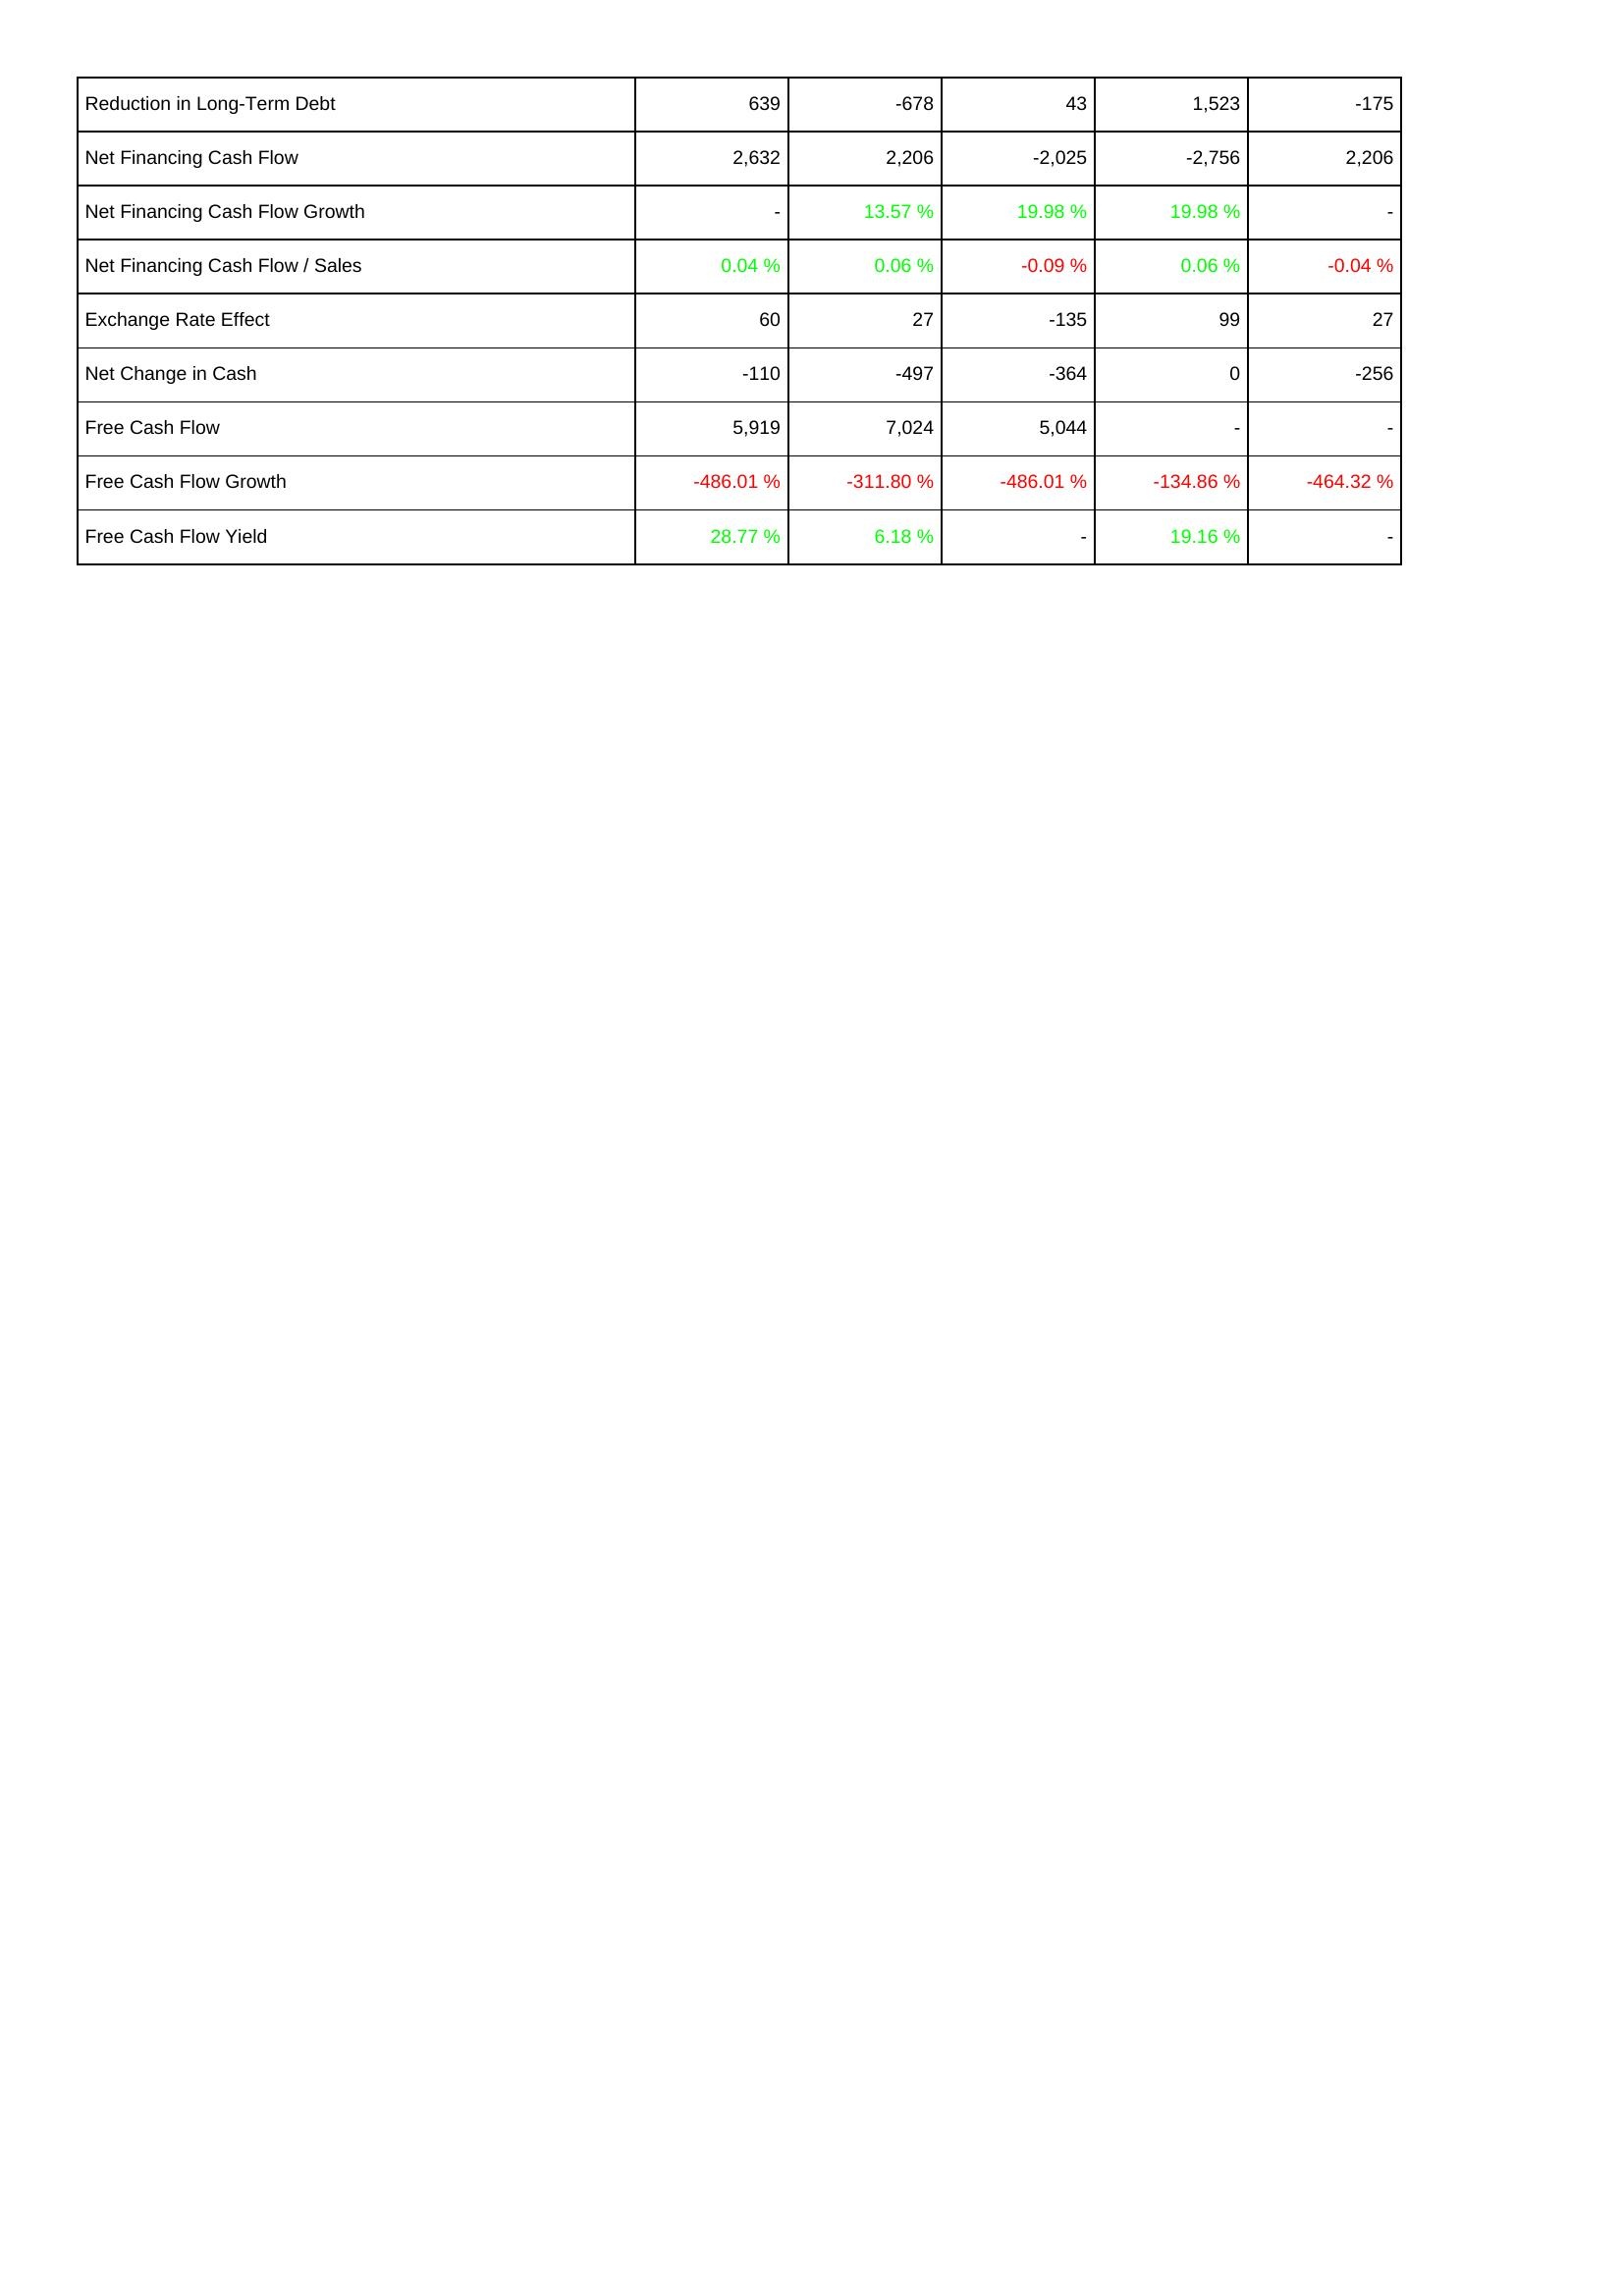
2022: Financing Activities: Reduction in Long-Term Debt: 639
Net Financing Cash Flow: 2,632
Net Financing Cash Flow Growth: -
Net Financing Cash Flow / Sales: 0.04 %
Exchange Rate Effect: 60
Net Change in Cash: -110
Free Cash Flow: 5,919
Free Cash Flow Growth: -486.01 %
Free Cash Flow Yield: 28.77 %
2023: Financing Activities: Reduction in Long-Term Debt: -678
Net Financing Cash Flow: 2,206
Net Financing Cash Flow Growth: 13.57 %
Net Financing Cash Flow / Sales: 0.06 %
Exchange Rate Effect: 27
Net Change in Cash: -497
Free Cash Flow: 7,024
Free Cash Flow Growth: -311.80 %
Free Cash Flow Yield: 6.18 %
2024: Financing Activities: Reduction in Long-Term Debt: 43
Net Financing Cash Flow: -2,025
Net Financing Cash Flow Growth: 19.98 %
Net Financing Cash Flow / Sales: -0.09 %
Exchange Rate Effect: -135
Net Change in Cash: -364
Free Cash Flow: 5,044
Free Cash Flow Growth: -486.01 %
Free Cash Flow Yield: -
2025: Financing Activities: Reduction in Long-Term Debt: 1,523
Net Financing Cash Flow: -2,756
Net Financing Cash Flow Growth: 19.98 %
Net Financing Cash Flow / Sales: 0.06 %
Exchange Rate Effect: 99
Net Change in Cash: 0
Free Cash Flow: -
Free Cash Flow Growth: -134.86 %
Free Cash Flow Yield: 19.16 %
2026: Financing Activities: Reduction in Long-Term Debt: -175
Net Financing Cash Flow: 2,206
Net Financing Cash Flow Growth: -
Net Financing Cash Flow / Sales: -0.04 %
Exchange Rate Effect: 27
Net Change in Cash: -256
Free Cash Flow: -
Free Cash Flow Growth: -464.32 %
Free Cash Flow Yield: -